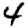
Digit: 4